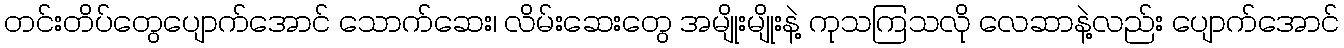
တင်းတိပ်တွေပျောက်အောင် သောက်ဆေး၊ လိမ်းဆေးတွေ အမျိုးမျိုးနဲ့ ကုသကြသလို လေဆာနဲ့လည်း ပျောက်အောင်